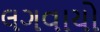
લગવાયો